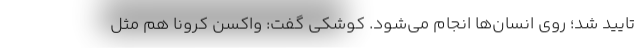
تایید شد؛ روی انسان‌ها انجام می‌شود. کوشکی گفت: واکسن کرونا هم مثل